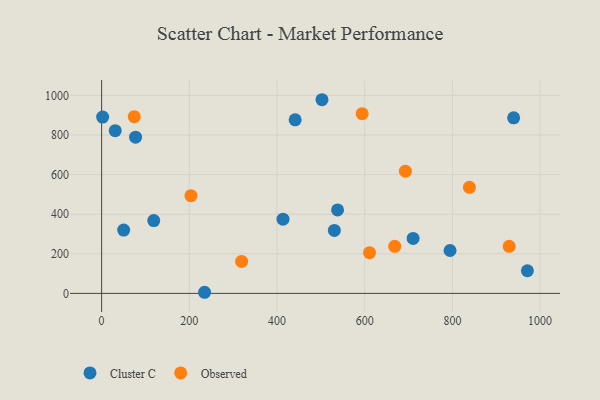
{"axis": {"x": "Study Hours", "y": "Yield"}, "legend": ["Cluster C", "Observed"], "data": [{"x": "234.8", "y": 5.6, "type": "Cluster C"}, {"x": "2.3", "y": 890.5, "type": "Cluster C"}, {"x": "118.9", "y": 367.7, "type": "Cluster C"}, {"x": "441.4", "y": 876.5, "type": "Cluster C"}, {"x": "939.7", "y": 886.5, "type": "Cluster C"}, {"x": "794.6", "y": 216.5, "type": "Cluster C"}, {"x": "50.3", "y": 319.5, "type": "Cluster C"}, {"x": "710.4", "y": 277.7, "type": "Cluster C"}, {"x": "77.4", "y": 788.8, "type": "Cluster C"}, {"x": "413.7", "y": 374.8, "type": "Cluster C"}, {"x": "971.0", "y": 114.2, "type": "Cluster C"}, {"x": "31.0", "y": 821.8, "type": "Cluster C"}, {"x": "538.1", "y": 421.3, "type": "Cluster C"}, {"x": "502.6", "y": 978.1, "type": "Cluster C"}, {"x": "530.8", "y": 317.8, "type": "Cluster C"}, {"x": "929.5", "y": 237.5, "type": "Observed"}, {"x": "74.4", "y": 892.6, "type": "Observed"}, {"x": "668.5", "y": 237.9, "type": "Observed"}, {"x": "692.8", "y": 617.3, "type": "Observed"}, {"x": "611.0", "y": 205.5, "type": "Observed"}, {"x": "838.8", "y": 535.5, "type": "Observed"}, {"x": "203.7", "y": 493.5, "type": "Observed"}, {"x": "594.2", "y": 907.8, "type": "Observed"}, {"x": "319.3", "y": 161.5, "type": "Observed"}]}